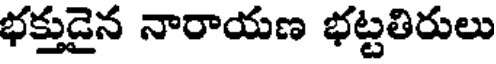
భక్తుడైన నారాయణ భట్టతిరులు